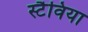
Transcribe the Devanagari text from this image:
स्टैविया